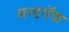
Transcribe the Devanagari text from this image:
सन्डवॅक